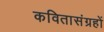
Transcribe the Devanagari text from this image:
कवितासंग्रहों